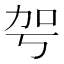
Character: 𠡐